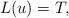
LaTeX: \begin{align*}L(u) = T,\end{align*}